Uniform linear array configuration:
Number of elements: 64
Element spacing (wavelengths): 1
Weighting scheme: blackman
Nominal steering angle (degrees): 15
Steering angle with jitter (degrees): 16.139
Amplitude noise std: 0.05
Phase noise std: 0.05

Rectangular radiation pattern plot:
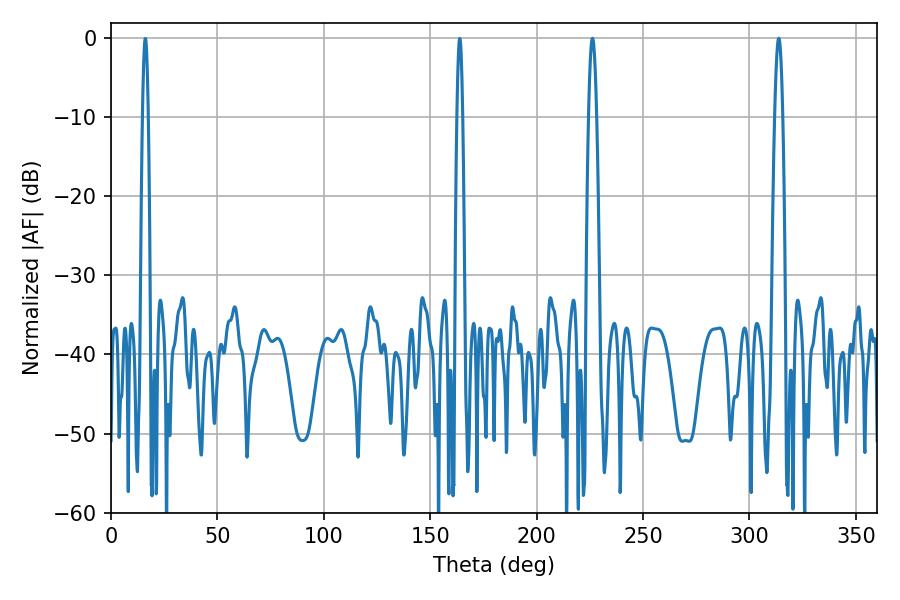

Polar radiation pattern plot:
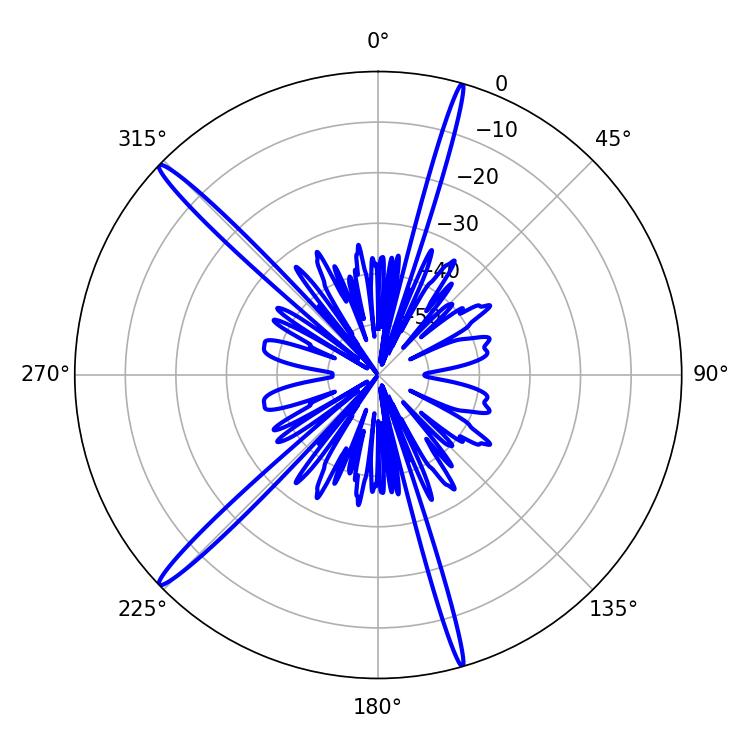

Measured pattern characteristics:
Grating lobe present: TRUE
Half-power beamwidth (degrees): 1.98
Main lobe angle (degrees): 313.74